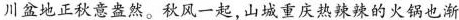
川盆地正秋意盎然。秋风一起，山城重庆热辣辣的火锅也渐